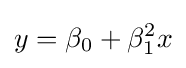
y=\beta _{0}+\beta _{1}^{2}x